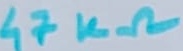
Text: 47KΩ